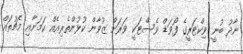
ނާދު ބުނީ ވިކްޓަރީގެ ފޯވަޑް ވެސްޓަކީ ވަރަށް ޒުވާން ކުޅުންތެރިއެއް ކަމަށާއި މެޗުތައް